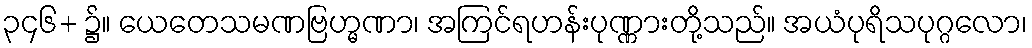
၃၄၆+ ၌။ ယေတေသမဏဗြဟ္မဏာ၊ အကြင်ရဟန်းပုဏ္ဏားတို့သည်။ အယံပုရိသပုဂ္ဂလော၊